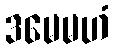
ဒမေမဟံ